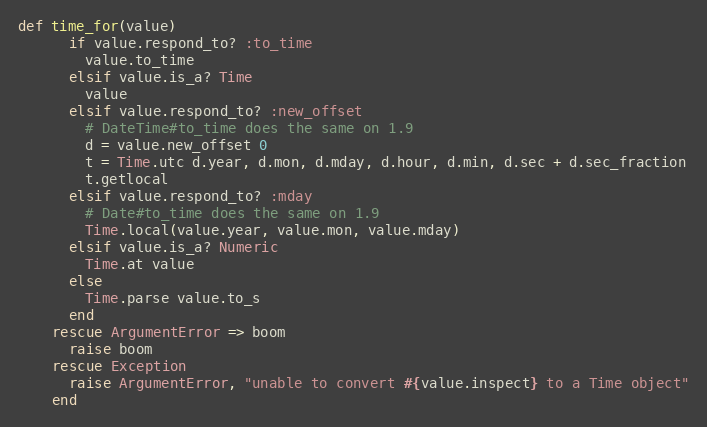
Language: Ruby
def time_for(value)
      if value.respond_to? :to_time
        value.to_time
      elsif value.is_a? Time
        value
      elsif value.respond_to? :new_offset
        # DateTime#to_time does the same on 1.9
        d = value.new_offset 0
        t = Time.utc d.year, d.mon, d.mday, d.hour, d.min, d.sec + d.sec_fraction
        t.getlocal
      elsif value.respond_to? :mday
        # Date#to_time does the same on 1.9
        Time.local(value.year, value.mon, value.mday)
      elsif value.is_a? Numeric
        Time.at value
      else
        Time.parse value.to_s
      end
    rescue ArgumentError => boom
      raise boom
    rescue Exception
      raise ArgumentError, "unable to convert #{value.inspect} to a Time object"
    end